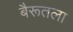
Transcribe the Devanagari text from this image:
बैरूतला